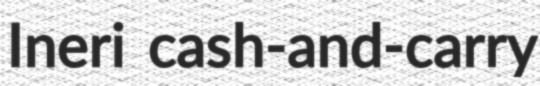
Ineri cash-and-carry